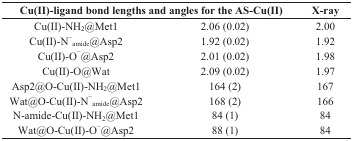
<table><thead><tr><td colspan="2"><b>Cu(II)-ligand bond lengths and angles for the AS-Cu(II)</b></td><td><b>X-ray</b></td></tr></thead><tbody><tr><td>Cu(II)-NH<sub>2</sub>@Met1</td><td>2.06 (0.02)</td><td>2.00</td></tr><tr><td>Cu(II)-N<sup>−</sup><sub>amide</sub>@Asp2</td><td>1.92 (0.02)</td><td>1.92</td></tr><tr><td>Cu(II)-O<sup>−</sup>@Asp2</td><td>2.01 (0.02)</td><td>1.98</td></tr><tr><td>Cu(II)-O@Wat</td><td>2.09 (0.02)</td><td>1.97</td></tr><tr><td>Asp2@O-Cu(II)-NH<sub>2</sub>@Met1</td><td>164 (2)</td><td>167</td></tr><tr><td>Wat@O-Cu(II)-N<sup>−</sup><sub>amide</sub>@Asp2</td><td>168 (2)</td><td>166</td></tr><tr><td>N-amide-Cu(II)-NH<sub>2</sub>@Met1</td><td>84 (1)</td><td>84</td></tr><tr><td>Wat@O-Cu(II)-O<sup>−</sup>@Asp2</td><td>88 (1)</td><td>84</td></tr></tbody></table>